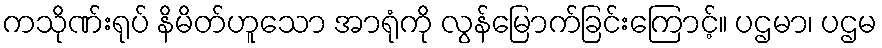
ကသိုဏ်းရုပ် နိမိတ်ဟူသော အာရုံကို လွန်မြောက်ခြင်းကြောင့်။ ပဌမာ၊ ပဌမ